Pupils' record cards, 1939
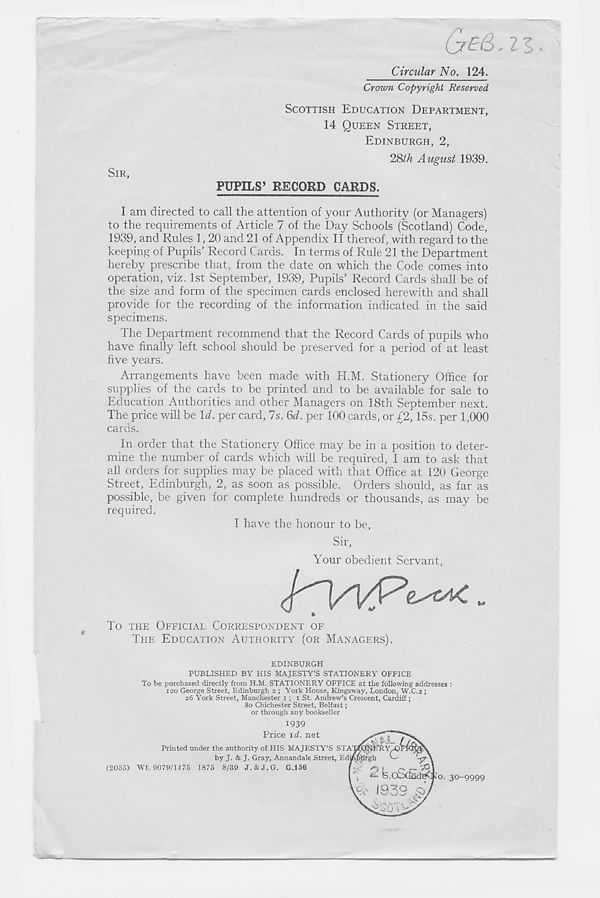
t
SIR,
Circular No. 124.
Crown Copyright Reserved
SCOTTISH EDUCATION DEPARTMENT,
14 QUEEN STREET,
EDINBURGH, 2,
2&th August 1939.
PUPILS’ RECORD CARDS.
I am directed to call the attention of your Authority (or Managers)
to the requirements of Article 7 of the Day Schools (Scotland) Code,
1939, and Rules 1,20 and 21 of Appendix II thereof, with regard to the
keeping of Pupils’ Record Cards. In terms of Rule 21 the Department
hereby prescribe that, from the date on which the Code comes into
operation, viz. 1st September, 1939, Pupils’ Record Cards shall be of
the size and form of the specimen cards enclosed herewith and shall
provide for the recording of the information indicated in the said
specimens.
The Department recommend that the Record Cards of pupils who
have finally left school should be preserved for a period of at least
five years.
Arrangements have been made with H.M. Stationery Office for
supplies of the cards to be printed and to be available for sale to
Education Authorities and other Managers on 18th September next.
The price will be Id. per card, 7s. §d. per 100 cards, or £2, 15s. per 1,000
cards.
In order that the Stationery Office may be in a position to deter-
mine the number of cards which will be required, I am to ask that
all orders for supplies may be placed with that Office at 120 George
Street, Edinburgh, 2, as soon as possible. Orders should, as far as
possible, be given for complete hundreds or thousands, as may be
required.
I have the honour to be,
Sir,
Your obedient Servant,
To THE OFFICIAL CORRESPONDENT OF
THE EDUCATION AUTHORITY (OR MANAGERS).
EDINBURGH
PUBLISHED BY HIS MAJESTY’S STATIONERY OFFICE
To be purchased directly from H.M. STATIONERY OFFICE at the following addresses :
iso George Street, Edinburgh 2 ; York House, Kingsway, London, W.C.2 ;
26 York Street, Manchester x ; 1 St. Andrew’s Crescent, Cardiff;
80 Chichester Street, Belfast;
or through any bookseller
1939
Price id. net
Printed under the authority of HIS MAJESTY’S
by J. & J. Gray, Annandale Street,
(2035) Wt. 9079/1475 1875 8/39 J. & J. G. G.156